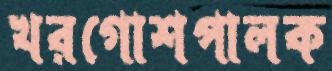
খরগোশপালক